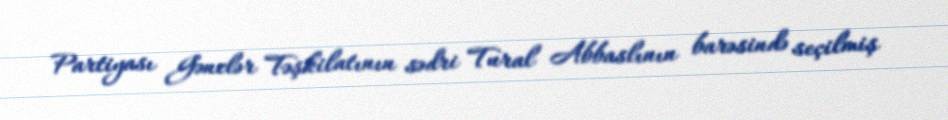
Partiyası Gənclər Təşkilatının sədri Tural Abbaslının barəsində seçilmiş